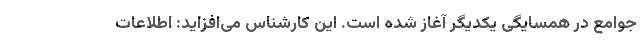
جوامع در همسایگی یکدیگر آغاز شده است. این کارشناس می‌افزاید: اطلاعات